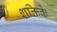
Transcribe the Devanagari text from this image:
शक्तिके